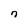
Character: n